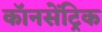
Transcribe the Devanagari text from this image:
कॉनसेंट्रिक